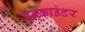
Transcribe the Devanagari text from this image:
एन्‌काउंटर